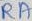
Text: RA